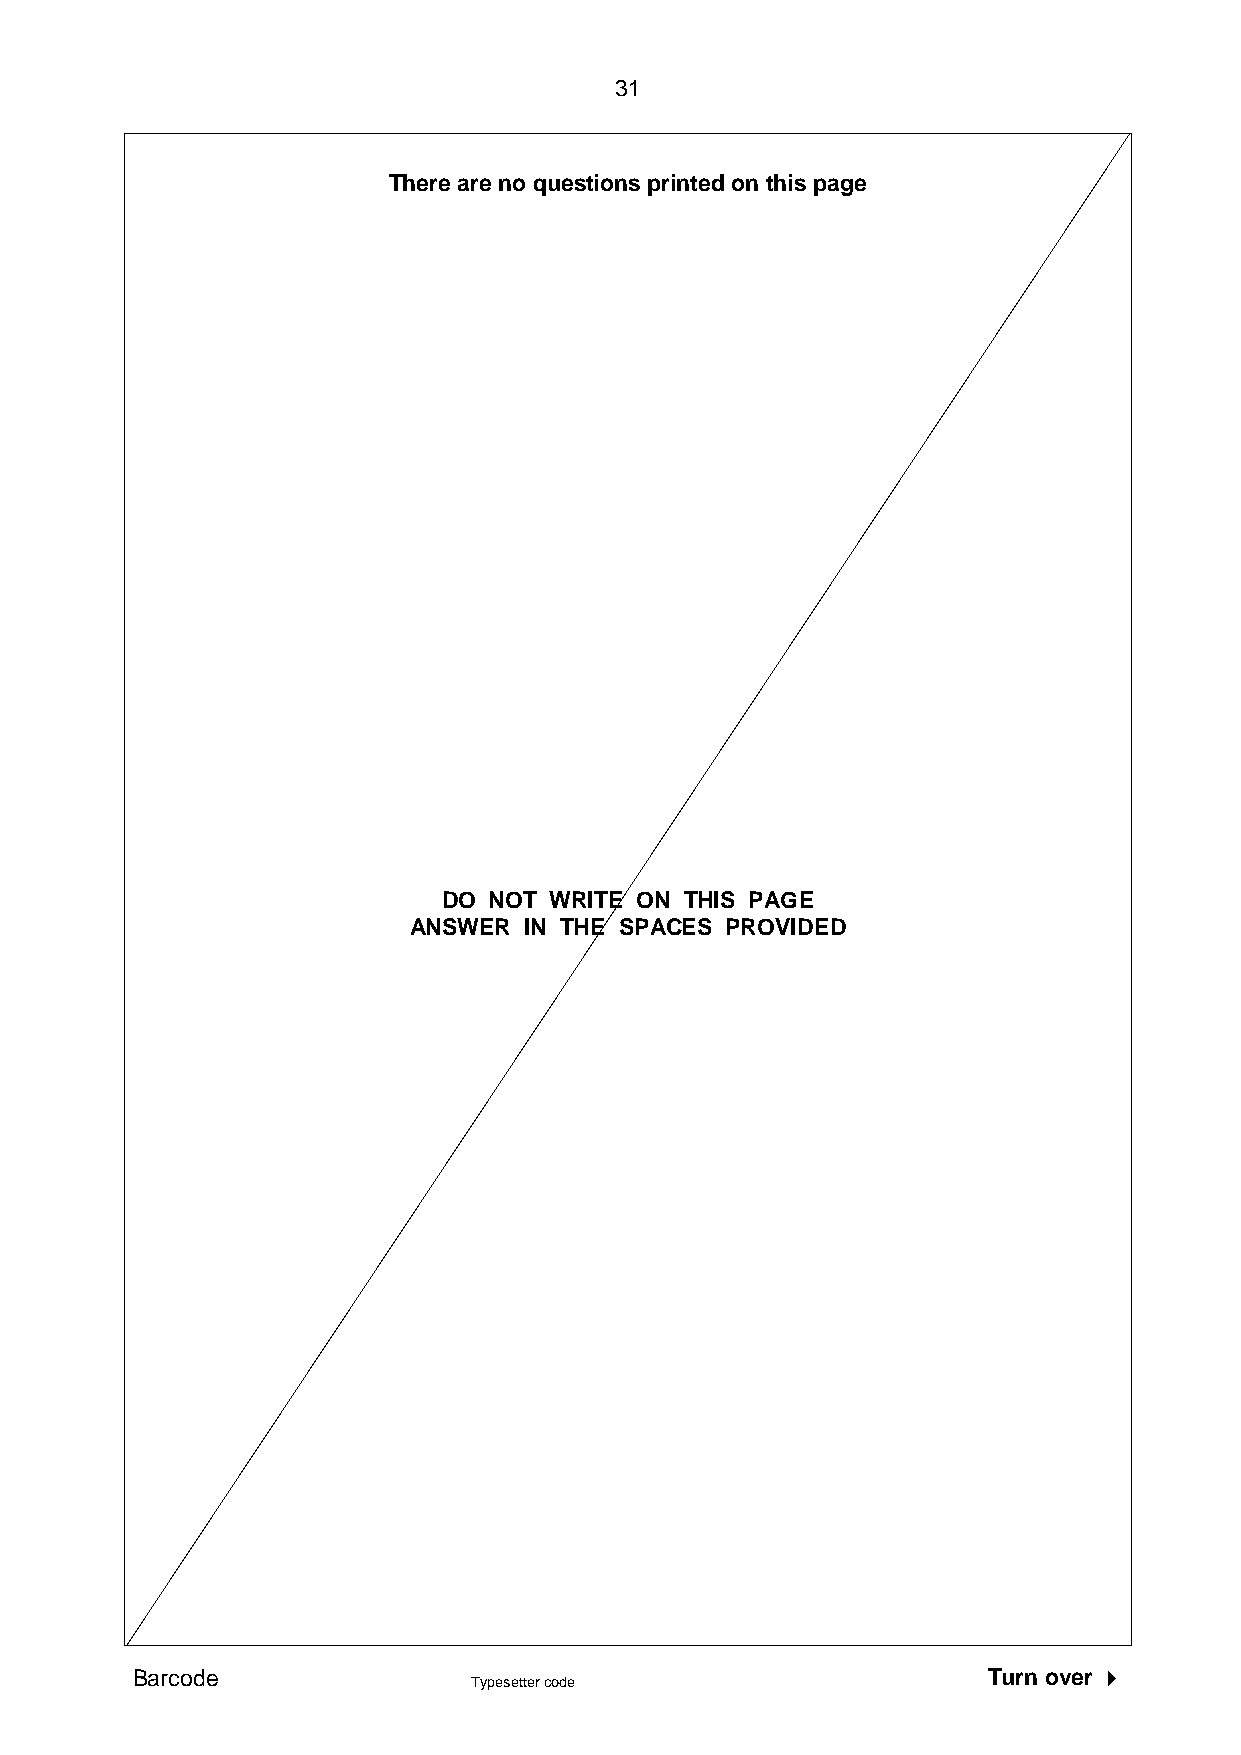
31
 There are no questions printed on this page
 DO NOT WRITE ON THIS PAGE
 ANSWER  IN THE SPACES PROVIDED
 Barcode                                                 Turn over 
 Typesetter code